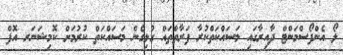
ލޯ އެންފޯސްމަންޓް ދާއިރާގައި މަސައްކަތްކުރާ ފަރާތްތައް ގުޅިގެން މަސައްކަތް ކުރުމަށް ކޮމިޝަނަރ އޮފް